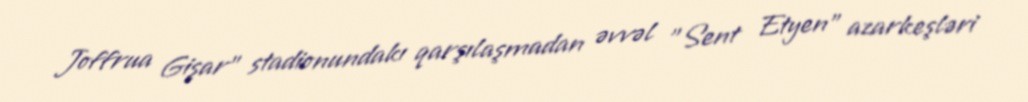
Joffrua Gişar" stadionundakı qarşılaşmadan əvvəl "Sent Etyen" azarkeşləri